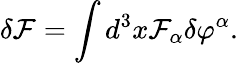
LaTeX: \delta{\cal F}=\int d^{3}x{\cal F}_{\alpha}\delta\varphi^{\alpha}.